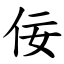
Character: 佞